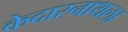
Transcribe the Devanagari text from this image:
केदारनाथला